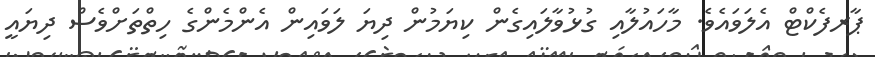
ޕާރފެކްޓް އެލަވައެވެ. މާހައުލާއި ގުޅުވާލައިގެން ކިޔަމުން ދިޔަ ލަވައިން އެންމެންގެ ހިތްތަށްވެސް ދިޔައީ